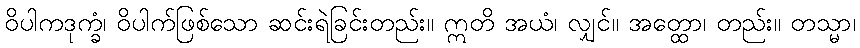
ဝိပါကဒုက္ခံ၊ ဝိပါက်ဖြစ်သော ဆင်းရဲခြင်းတည်း။ ဣတိ အယံ၊ လျှင်။ အတ္ထော၊ တည်း။ တသ္မာ၊